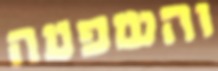
והשפעה